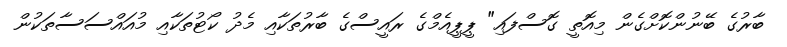
ބާރުގެ ބޭނުންކޮށްގެން މިއޮތީ ގޮސްފައި" ޕީޕީއެމްގެ ރައީސްގެ ބާރުތަކާއި މެދު ކޯޓުތަކާއި މުއައްސަސާތަކުން